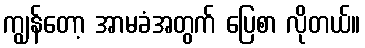
ကျွန်တော့ အာမခံအတွက် ပြေစာ လိုတယ်။